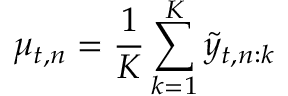
\mu _ { t , n } = \frac { 1 } { K } \sum _ { k = 1 } ^ { K } \tilde { y } _ { t , n : k }